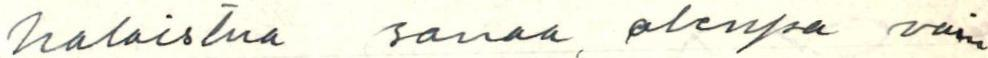
halaistua sanaa, olenpa vain